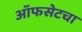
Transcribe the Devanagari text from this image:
ऑफसेटचा